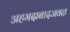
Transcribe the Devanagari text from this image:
अहमदाबादजवळ